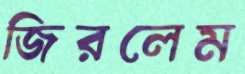
জিরলেম